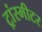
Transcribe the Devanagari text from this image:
ट्रांस्मीटर